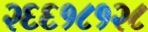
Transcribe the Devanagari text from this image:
२६६१८१२८